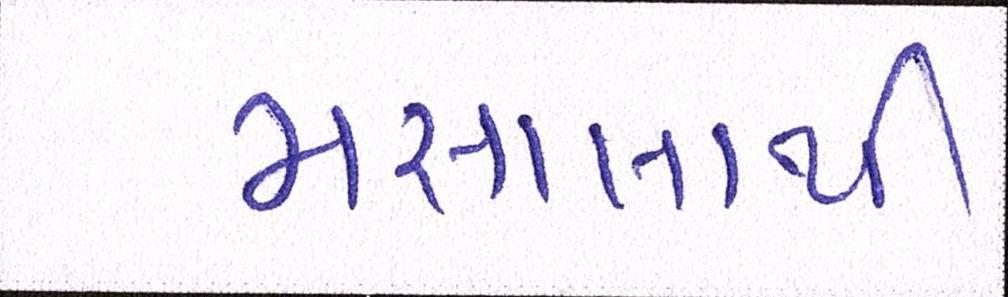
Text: મસાલાથી